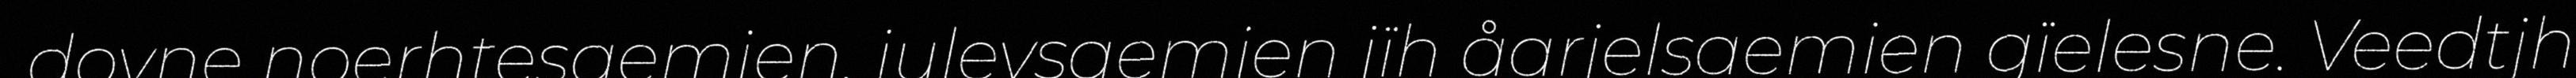
dovne noerhtesaemien, julevsaemien jïh åarjelsaemien gïelesne. Veedtjh